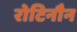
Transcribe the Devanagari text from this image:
रोटिनौन